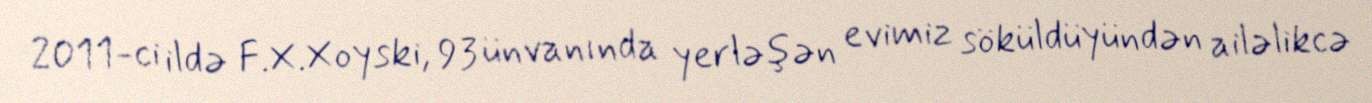
2011-ci ildə F.X.Xoyski, 93 ünvanında yerləşən evimiz söküldüyündən ailəlikcə